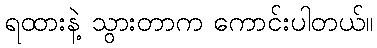
ရထားနဲ့ သွားတာက ကောင်းပါတယ်။